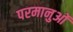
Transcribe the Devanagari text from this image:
परमानुओं